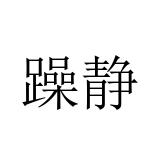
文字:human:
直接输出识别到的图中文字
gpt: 躁静